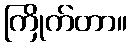
ကြိုက်တာ။